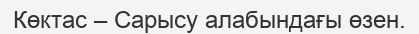
Көктас – Сарысу алабындағы өзен.